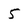
Character: 5